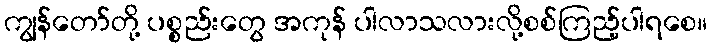
ကျွန်တော်တို့ ပစ္စည်းတွေ အကုန် ပါလာသလားလို့စစ်ကြည့်ပါရစေ။